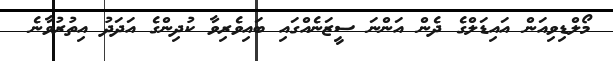
މޯލްޑިވިއަން އައިޑަލްގެ ދެން އަންްނަ ސީޒަނެއްގައި ބައިވެރިވާ ކުދިންގެ އަދަދު އިތުރުވާނެ